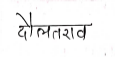
मजकूर: दौलतराव